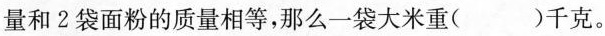
量和2袋面粉的质量相等，那么一袋大米重()千克。